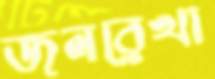
জলরেখা